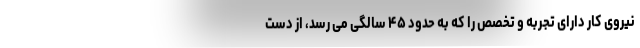
نیروی کار دارای تجربه و تخصص را که به حدود ۴۵ سالگی می رسد، از دست